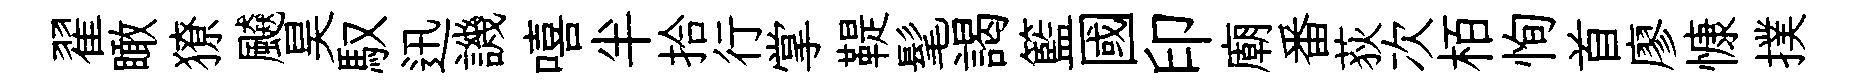
翟瞰獠飇昊馭迅譏嘻半拾行掌鞮髦謁籃國印廟番荻次栢恂首廖慷撲